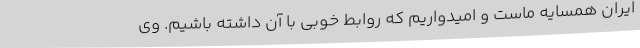
ایران همسایه ماست و امیدواریم که روابط خوبی با آن داشته باشیم. وی